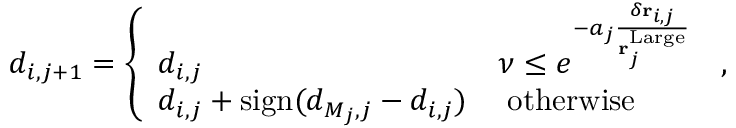
\begin{array} { r } { d _ { i , j + 1 } = \left\{ \begin{array} { l l } { d _ { i , j } } & { \nu \leq e ^ { - a _ { j } \frac { \delta \mathbf { r } _ { i , j } } { \mathbf { r } _ { j } ^ { \mathrm { L a r g e } } } } } \\ { d _ { i , j } + \mathrm { s i g n } ( d _ { M _ { j } , j } - d _ { i , j } ) } & { \; \mathrm { o t h e r w i s e } } \end{array} \right. \, , } \end{array}